Report on the lunatic asylums under the Government of Bombay - 1904-1913
Year: 1904
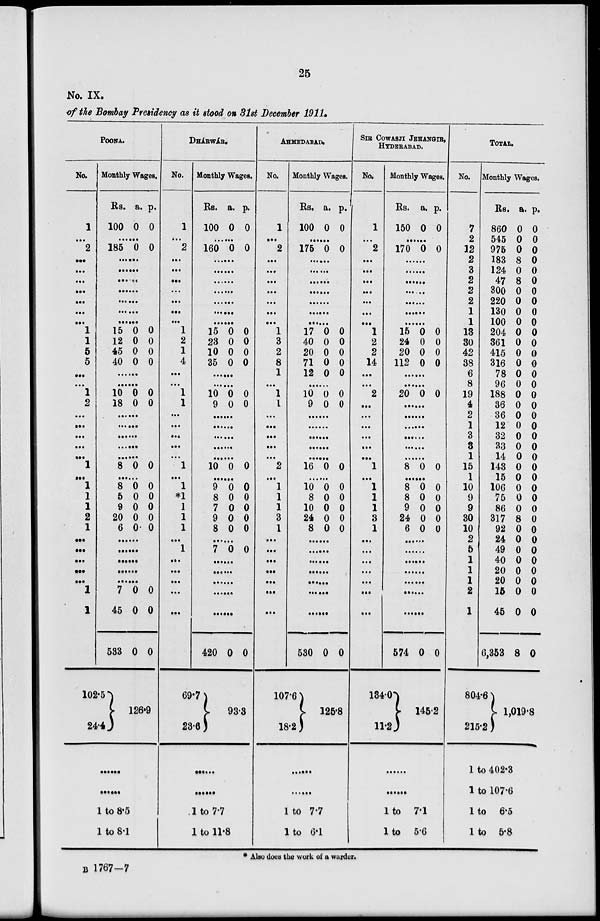
25
No. IX.
of the Bombay Presidency as it stood on 31st December 1911.
POONA.
No.
1
...
2
...
...
...
...
...
...
...
1
1
5
5
...
...
1
2
...
...
...
...
...
1
...
1
1
1
2
1
...
...
...
...
...
1
1
...
Monthly Wages.
Rs.
100
a.
0
p.
0
......
185 0 0
......
......
......
......
......
......
......
15
12
45
40
0
0
0
0
0
0
0
0
......
......
10
18
0
0
0
0
......
......
......
......
......
8 0 0
......
8
5
9
20
6
0
0
0
0
0
0
0
0
0
0
......
......
......
......
......
7
45
533
102.5
24.4
0
0
0
0
0
0
126.9
......
......
1 to 8.5
1 to 8.1
DHÁRWÁR.
No.
1
...
2
...
...
...
...
...
...
...
1
2
1
4
...
...
1
1
...
...
...
...
...
1
...
1
*1
1
1
1
...
1
...
...
...
...
...
Monthly Wages.
Rs.
100
a.
0
p.
0
......
160 0 0
......
......
......
......
......
......
......
15
23
10
35
0
0
0
0
0
0
0
0
......
......
10
9
0
0
0
0
......
......
......
......
......
10 0 0
......
9
8
7
9
8
0
0
0
0
0
0
0
0
0
0
......
7 0 0
......
......
......
......
......
420
69.7
23.6
0 0
93.3
......
......
1 to 7.7
1 to 11.8
AHMEDABAD.
No.
1
...
2
...
...
...
...
...
...
...
1
3
2
8
1
...
1
1
...
...
...
...
...
2
...
1
1
1
3
1
...
...
...
...
...
...
...
Monthly Wages.
Rs.
100
a.
0
p.
0
......
175 0 0
......
......
......
......
......
......
......
17
40
20
71
12
0
0
0
0
0
0
0
0
0
0
10
9
0
0
0
0
......
......
......
......
...
16 0 0
......
10
8
10
24
8
0
0
0
0
0
0
0
0
0
0
......
......
......
......
......
......
......
530
107.6
18.2
0 0
125.8
......
......
1 to 7.7
1 to 6.1
SIR COWASJI JEHANGIR,
HYDERABAD.
No.
1
...
2
...
...
...
...
...
...
...
1
2
2
14
...
...
2
...
...
...
...
...
...
1
...
1
1
1
3
1
...
...
...
...
...
...
...
Monthly Wages.
Rs.
150
a.
0
p.
0
......
170 0 0
......
......
......
......
......
......
......
15
24
20
112
0
0
0
0
0
0
0
0
......
......
20 0 0
......
......
......
......
......
......
8 0 0
......
8
8
9
24
6
0
0
0
0
0
0
0
0
0
0
......
......
......
......
......
......
......
574
134.0
11.2
0 0
145.2
......
......
1 to 7.1
1 to 5.6
TOTAL.
No.
7
2
12
2
3
2
2
2
1
1
13
30
42
38
6
8
19
4
2
1
3
3
1
15
1
10
9
9
30
10
2
5
1
1
1
2
1
Monthly Wages.
Rs.
860
545
975
183
124
47
300
220
130
100
204
361
415
316
78
96
188
36
36
12
32
33
14
143
15
106
75
86
317
92
24
49
40
20
20
15
45
6,353
804.6
215.2
a.
0
0
0
8
0
8
0
0
0
0
0
0
0
0
0
0
0
0
0
0
0
0
0
0
0
0
0
0
8
0
0
0
0
0
0
0
0
8
p.
0
0
0
0
0
0
0
0
0
0
0
0
0
0
0
0
0
0
0
0
0
0
0
0
0
0
0
0
0
0
0
0
0
0
0
0
0
0
1,019.8
1 to 402.3
1 to 107.6
1 to 6.5
1 to 5.8
* Also does the work of a warder.
B 1767—7